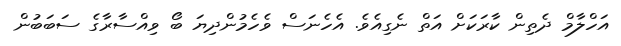
އަހްލާމް ދެތިން ކާރަކަށް އަތް ނެގިއެވެ. އެހެނަސް ވެހެމުންދިޔަ ބޯ ވިއްސާރާގެ ސަބަބުން